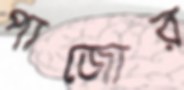
পাজোর